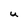
Character: u